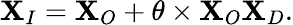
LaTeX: \mathbf{X}_{I}=\mathbf{X}_{O}+\theta\times\mathbf{X}_{O}\mathbf{X}_{D}.